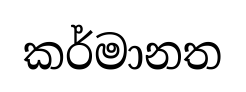
කර්මානත